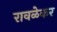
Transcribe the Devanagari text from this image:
रावळेकर